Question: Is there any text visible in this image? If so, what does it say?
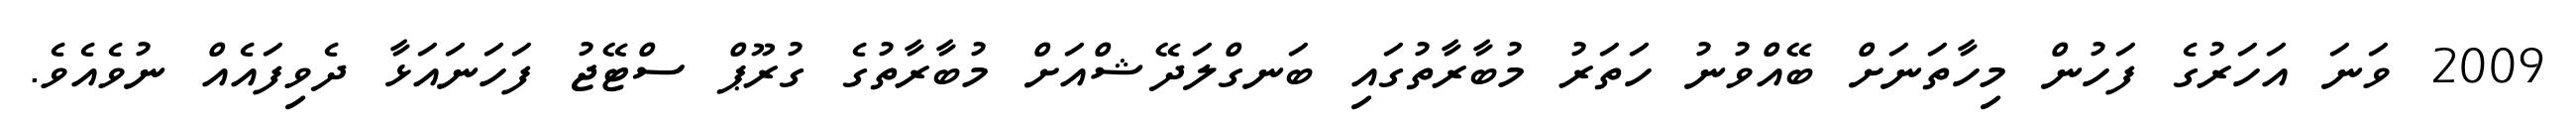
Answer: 2009 ވަނަ އަހަރުގެ ފަހުން މިހާތަނަށް ބޭއްވުނު ހަތަރު މުބާރާތުގައި ބަނގްލަދޭޝްއަށް މުބާރާތުގެ ގުރޫޕް ސްޓޭޖު ފަހަނައަޅާ ދެވިފައެއް ނުވެއެވެ.